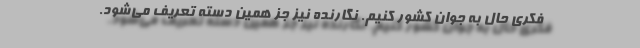
فکری حال به جوان کشور کنیم. نگارنده نیز جز همین دسته تعریف می‌شود.